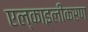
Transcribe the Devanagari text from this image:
एल्काइलीकरण